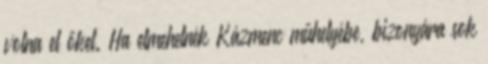
volna el őket. Ha elmehetnék Kázmenc műhelyébe, bizonyára sok